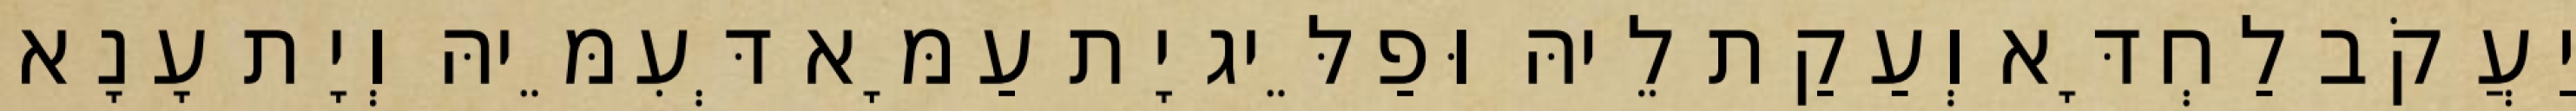
יַעֲקֹב לַחְדָּא וְעַקַת לֵיהּ וּפַלֵּיג יָת עַמָּא דְּעִמֵּיהּ וְיָת עָנָא